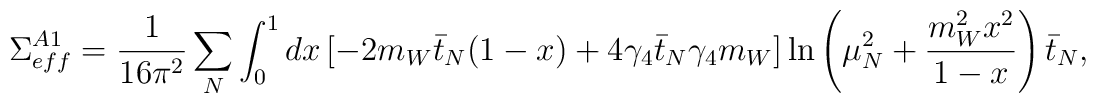
\Sigma_{eff}^{A1} = \frac{1}{16 \pi^2} \sum_N \int_0^1 dx \left[   -2m_W \bar{t}_N (1-x) + 4 \gamma_4 \bar{t}_N \gamma_4 m_W \right]   \ln \left( \mu_N^2 + \frac{m_W^2 x^2}{1-x} \right) \bar{t}_N,